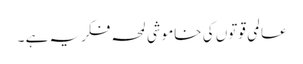
عالمی قوتوں کی خاموشی لمحہ فکریہ ہے ۔